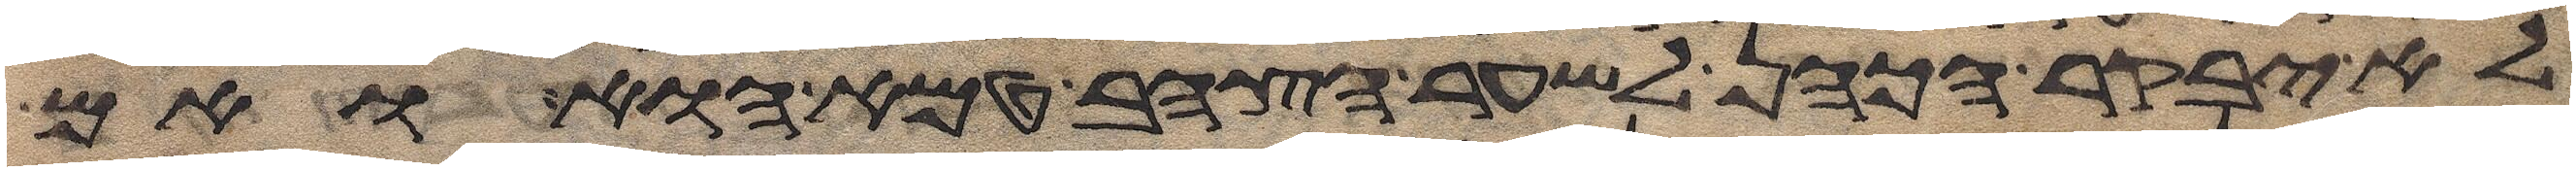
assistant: לא יבקר הכהן לשער הצהב טמא הוא ואם